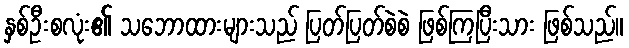
နှစ်ဦးစလုံး၏ သဘောထားများသည် ပြတ်ပြတ်စဲစဲ ဖြစ်ကြပြီးသား ဖြစ်သည်။